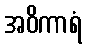
အဝိကာရံ